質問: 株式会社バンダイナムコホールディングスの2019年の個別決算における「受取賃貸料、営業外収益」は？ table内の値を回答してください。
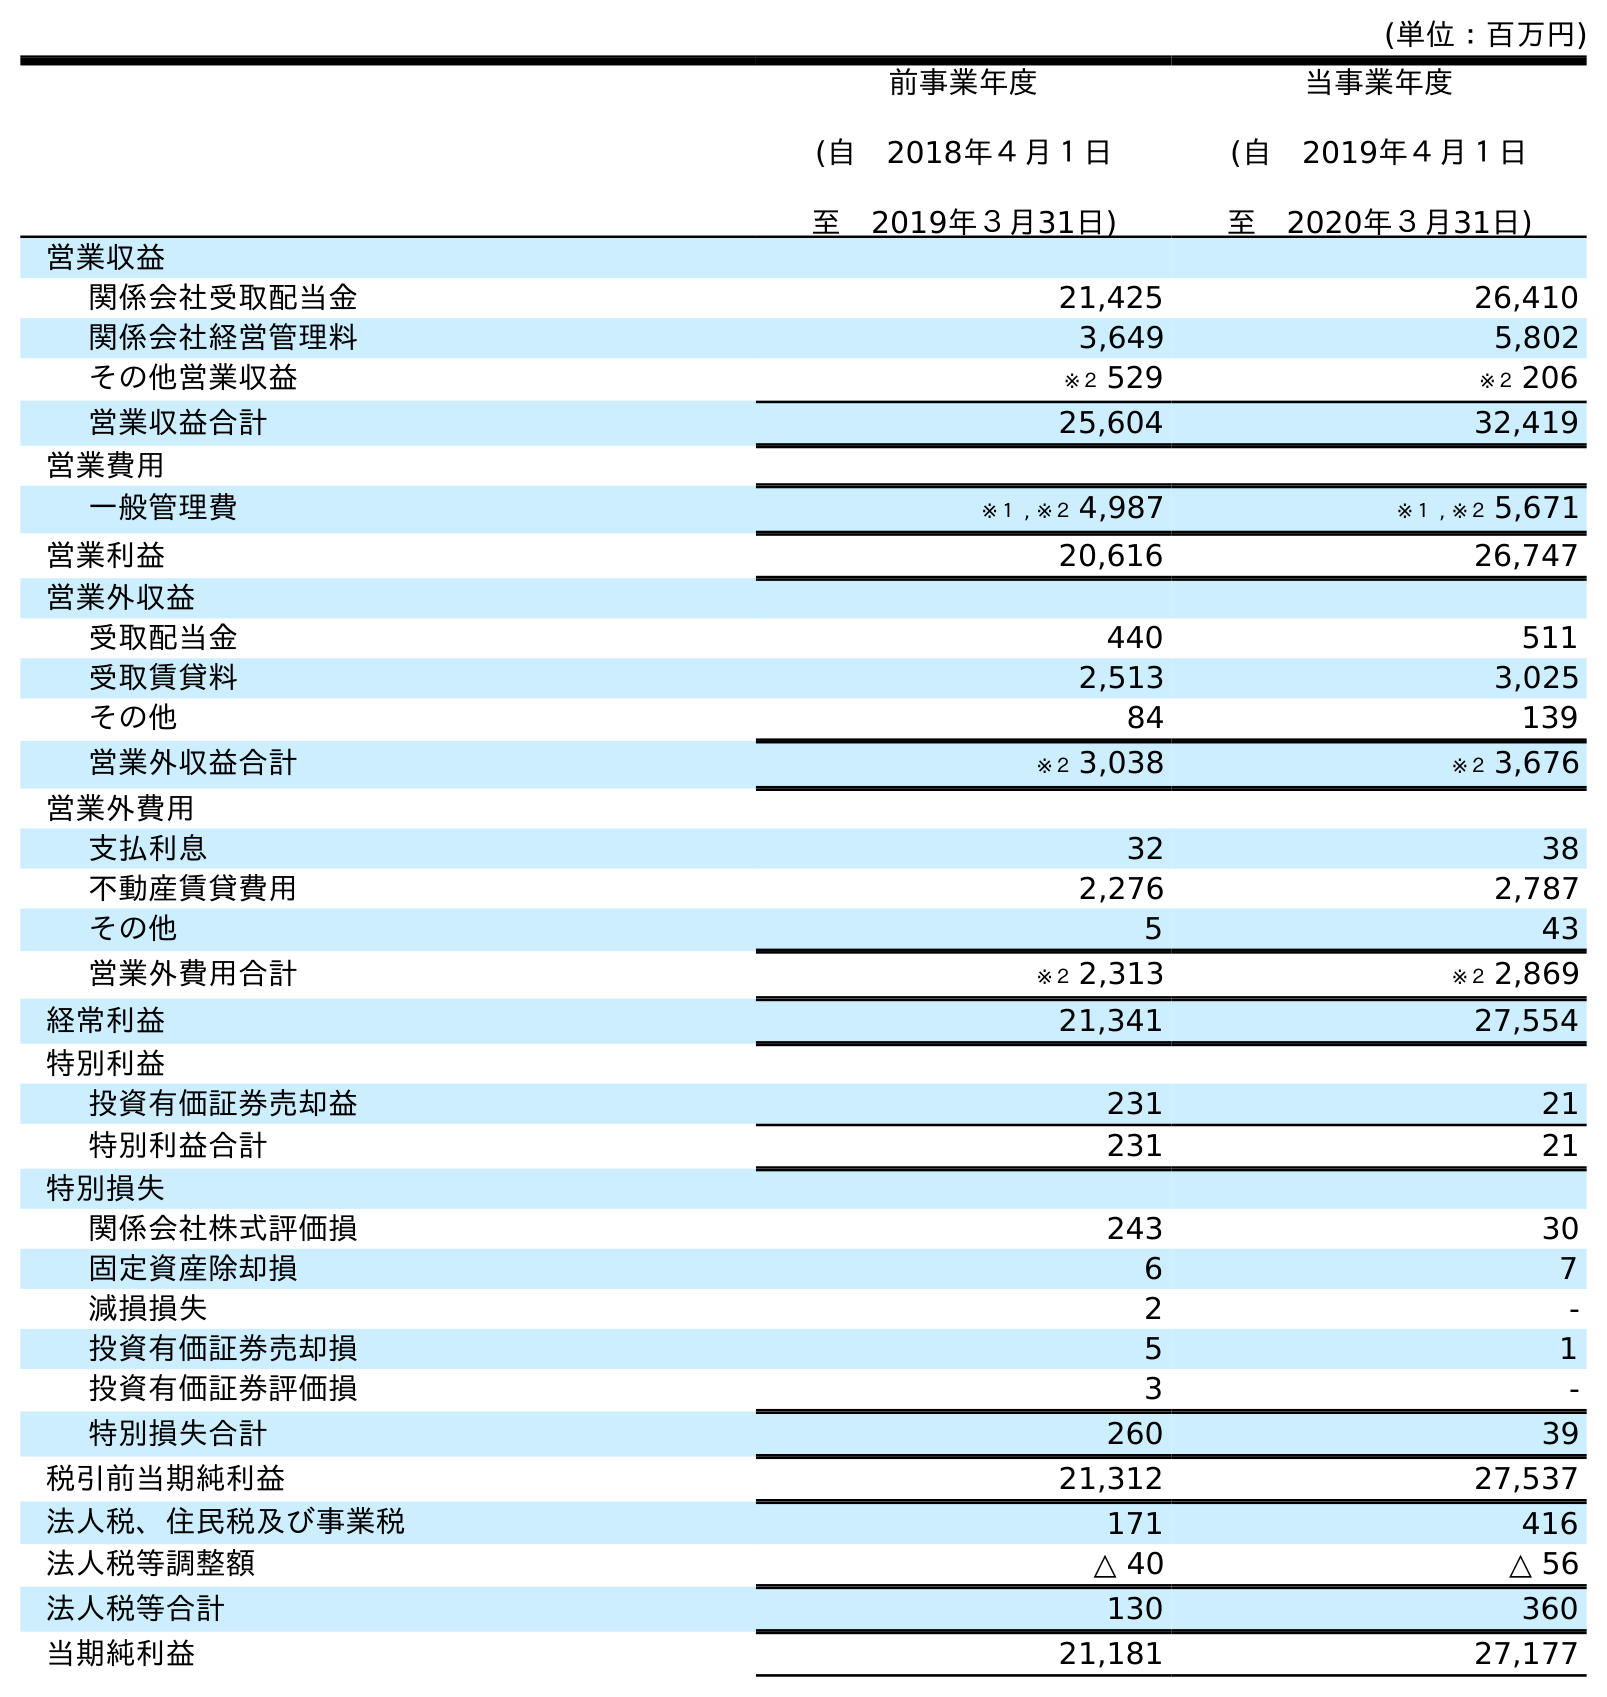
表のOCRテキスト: (単位：百万円) 前事業年度 (自 2018年４月１日 至 2019年３月31日) 当事業年度 (自 2019年４月１日 至 2020年３月31日) 営業収益 関係会社受取配当金 21,425 26,410 関係会社経営管理料 3,649 5,802 その他営業収益 ※２ 529 ※２ 206 営業収益合計 25,604 32,419 営業費用 一般管理費 ※１ , ※２ 4,987 ※１ , ※２ 5,671 営業利益 20,616 26,747 営業外収益 受取配当金 440 511 受取賃貸料 2,513 3,025 その他 84 139 営業外収益合計 ※２ 3,038 ※２ 3,676 営業外費用 支払利息 32 38 不動産賃貸費用 2,276 2,787 その他 5 43 営業外費用合計 ※２ 2,313 ※２ 2,869 経常利益 21,341 27,554 特別利益 投資有価証券売却益 231 21 特別利益合計 231 21 特別損失 関係会社株式評価損 243 30 固定資産除却損 6 7 減損損失 2 - 投資有価証券売却損 5 1 投資有価証券評価損 3 - 特別損失合計 260 39 税引前当期純利益 21,312 27,537 法人税、住民税及び事業税 171 416 法人税等調整額 △ 40 △ 56 法人税等合計 130 360 当期純利益 21,181 27,177
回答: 2,513